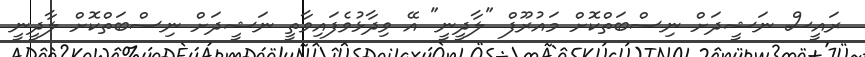
ރައީސް ނަޝީދަށް ނިސްބަތްކޮށް މައުރޫފް "ލާދީނީ" އޭ ވިދާޅުވެފައިވާތީ ނަޝީދަށް ނިސްބަތްކޮށް ލާދީނީ